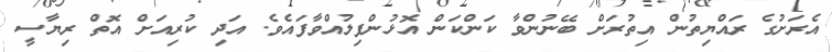
އެރަށުގެ ރައްޔިތުން އިތުރަށް ބޭނުންވާ ކަންކަން އޮޅުންފިލުއްވާފައެވެ. އަދި ކުރިއަށް އޮތް ރިޔާސީ